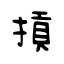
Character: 摃